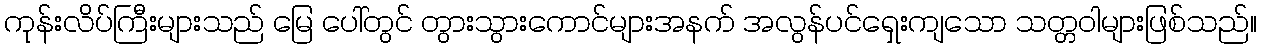
ကုန်းလိပ်ကြီးများသည် မြေ ပေါ်တွင် တွားသွားကောင်များအနက် အလွန်ပင်ရှေးကျသော သတ္တဝါများဖြစ်သည်။